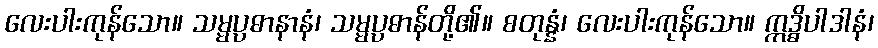
လေးပါးကုန်သော။ သမ္မပ္ပဓာနာနံ၊ သမ္မပ္ပဓာန်တို့၏။ စတုန္နံ၊ လေးပါးကုန်သော။ ဣဒ္ဓိပါဒါနံ၊